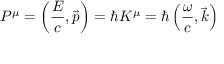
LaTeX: P ^ { \mu } = \left( { \frac { E } { c } } , { \vec { p } } \right) = \hbar K ^ { \mu } = \hbar \left( { \frac { \omega } { c } } , { \vec { k } } \right)